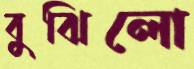
বুঝিলো